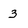
Character: 3